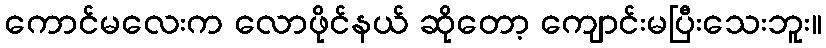
ကောင်မလေးက လောဖိုင်နယ် ဆိုတော့ ကျောင်းမပြီးသေးဘူး။